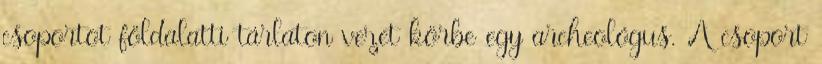
csoportot földalatti tárlaton vezet körbe egy archeológus. A csoport